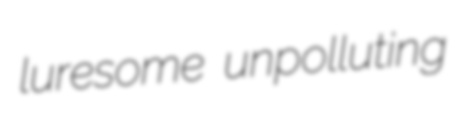
luresome unpolluting